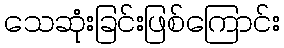
သေဆုံးခြင်းဖြစ်ကြောင်း